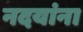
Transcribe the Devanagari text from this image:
नदयांना